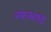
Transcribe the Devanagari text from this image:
सहस्रार्चिः